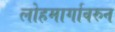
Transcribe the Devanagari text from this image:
लोहमार्गावरुन